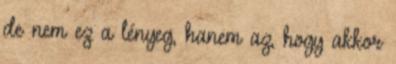
de nem ez a lényeg, hanem az, hogy akkor